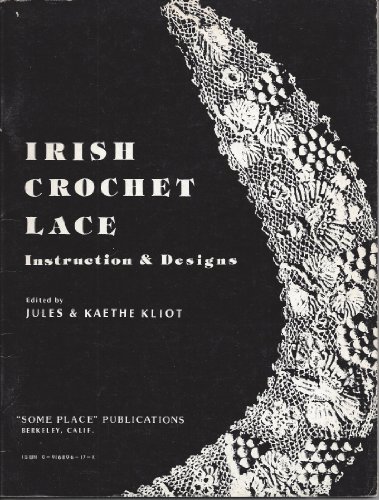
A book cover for Irish Crochet Lace; Jules Kliot; Crafts, Hobbies & Home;